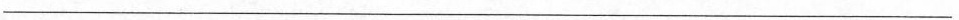
___